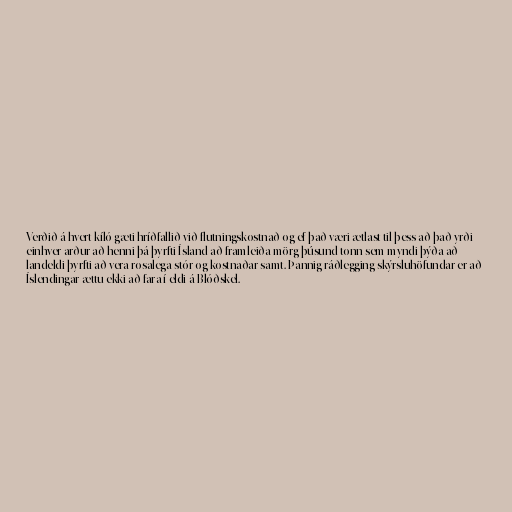
Verðið á hvert kíló gæti hríðfallið við flutningskostnað og ef það væri ætlast til þess að það yrði
einhver arður að henni þá þyrfti Ísland að framleiða mörg þúsund tonn sem myndi þýða að
landeldi þyrfti að vera rosalega stór og kostnaðar samt. Þannig ráðlegging skýrsluhöfundar er að
Íslendingar ættu ekki að fara í eldi á Blóðskel.